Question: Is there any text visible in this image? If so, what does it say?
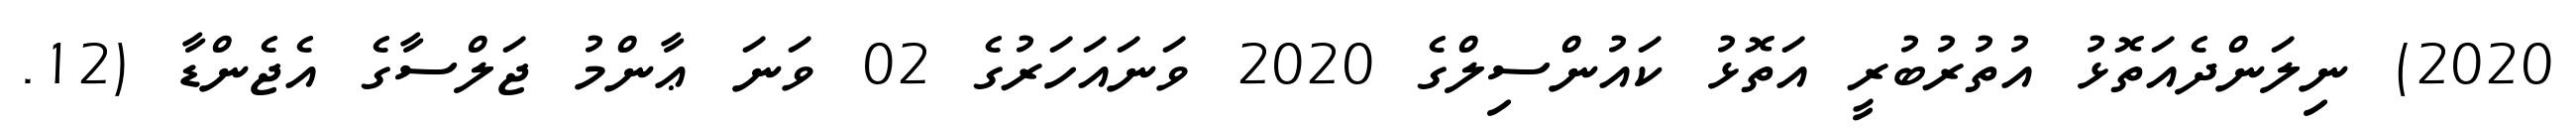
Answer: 2020) ނިލަންދެއަތޮޅު އުތުރުބުރީ އަތޮޅު ކައުންސިލްގެ 2020 ވަނައަހަރުގެ 02 ވަނަ ޢާންމު ޖަލްސާގެ އެޖެންޑާ (12.